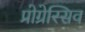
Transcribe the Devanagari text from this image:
प्रोग्रेस्सिव